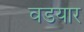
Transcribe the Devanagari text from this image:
वडयार